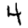
Digit: 4